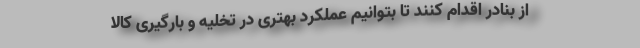
از بنادر اقدام کنند تا بتوانیم عملکرد بهتری در تخلیه و بارگیری کالا